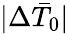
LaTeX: |\Delta\bar{T}_{0}|